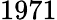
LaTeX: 1971